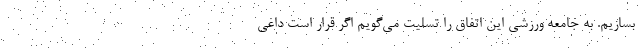
بسازیم. به جامعه ورزشی این اتفاق را تسلیت می‌گویم اگر قرار است داغی